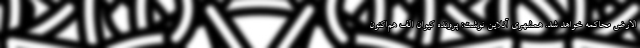
‌الارض محاکمه خواهد شد. همشهری آنلاین نوشت: پرونده کیوان الف هم‌اکنون